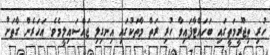
ހުރި ތިޖޫރީމަތީގައި ބަހައްޓާފައިވާ ހުރި ރަތް މާތަކުގައި އިނގިލި ޖައްސައިލީމެވެ. އަހަރެން ގާތަށް